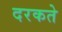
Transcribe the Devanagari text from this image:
दरकते